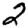
Digit: 2